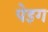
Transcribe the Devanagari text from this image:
पेइग